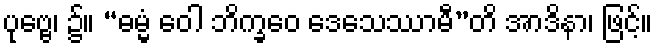
ပုဗ္ဗေ၊ ၌။ “ဓမ္မံ ဝေါ ဘိက္ခဝေ ဒေသေဿာမီ”တိ အာဒိနာ၊ ဖြင့်။